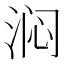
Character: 𬇰